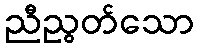
ညီညွတ်သော